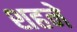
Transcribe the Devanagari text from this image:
शहने